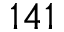
1 4 1